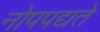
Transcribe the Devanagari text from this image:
नोपपद्यते